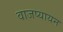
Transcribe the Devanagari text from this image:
वाजप्यायन